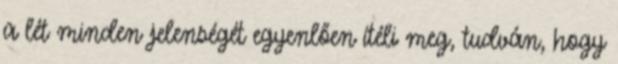
a lét minden jelenségét egyenlően ítéli meg, tudván, hogy